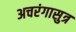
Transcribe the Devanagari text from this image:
अचरंगासुत्र